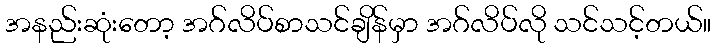
အနည်းဆုံးတော့ အဂ်လိပ်စာသင်ချိန်မှာ အဂ်လိပ်လို သင်သင့်တယ်။